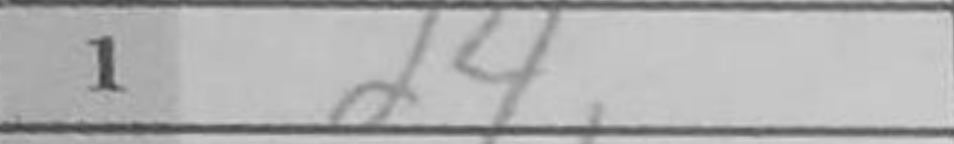
Transcription: d4